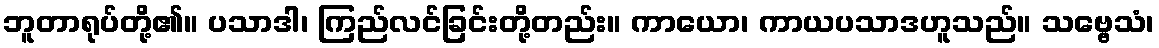
ဘူတာရုပ်တို့၏။ ပသာဒါ၊ ကြည်လင်ခြင်းတို့တည်း။ ကာယော၊ ကာယပသာဒဟူသည်။ သဗ္ဗေသံ၊